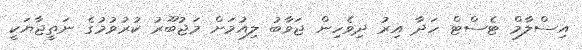
އިސްލާމް ޓެސްޓް ހަދާ އިރު ދިވެހިން ޖަވާބު ލިއުމަށް މަޖުބޫރު ކުރުވުމުގެ ނަތީޖާޔަކީ